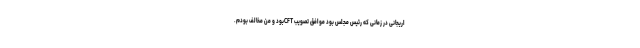
اریجانی در زمانی که رئیس مجلس بود موافق تصویب CFTبود و من مخالف بودم.